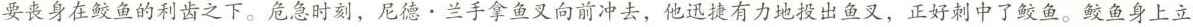
要丧身在鲛鱼的利齿之下。危急时刻，尼德·兰手拿鱼叉向前冲去，他迅捷有力地投出鱼叉，正好刺中了鲛。鲛鱼身上立